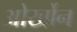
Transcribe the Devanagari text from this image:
ओर्खोन